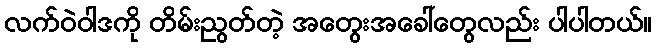
လက်ဝဲဝါဒကို တိမ်းညွတ်တဲ့ အတွေးအခေါ်တွေလည်း ပါပါတယ်။